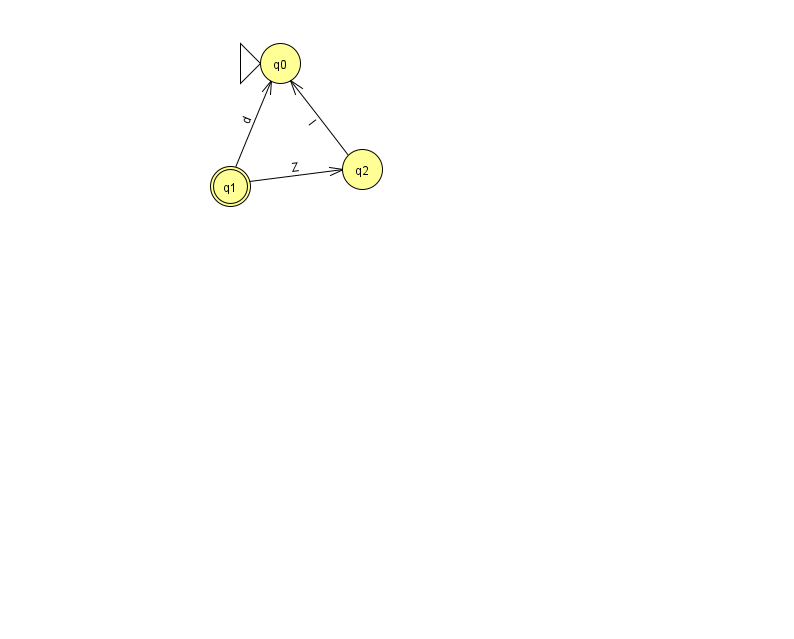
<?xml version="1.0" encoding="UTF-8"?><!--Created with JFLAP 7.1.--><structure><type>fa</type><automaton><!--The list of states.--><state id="0" name="q0"><x>280.0</x><y>50.0</y><initial/></state><state id="1" name="q1"><x>230.0</x><y>173.0</y><final/></state><state id="2" name="q2"><x>362.0</x><y>156.0</y></state><!--The list of transitions.--><transition><from>1</from><to>0</to><read>d</read></transition><transition><from>1</from><to>2</to><read>Z</read></transition><transition><from>2</from><to>0</to><read>l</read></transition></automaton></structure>